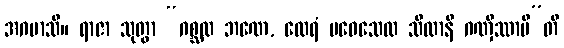
အဂမာသိ။ ရာဇာ သုတွာ “ဂစ္ဆထ ဘဏေ, ထေရံ ပဝေသေထ သီလာနိ ဂဏှိဿာမီ”တိ